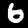
Digit: 6